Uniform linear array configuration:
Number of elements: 24
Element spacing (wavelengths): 0.75
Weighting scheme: kaiser
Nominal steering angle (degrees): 45
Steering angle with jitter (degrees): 45.291
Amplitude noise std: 0.05
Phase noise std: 0.05

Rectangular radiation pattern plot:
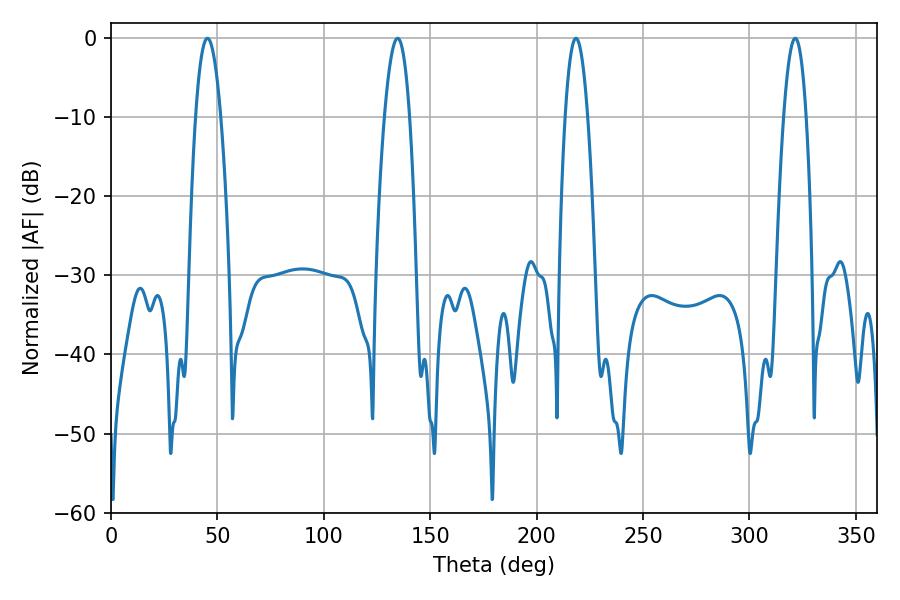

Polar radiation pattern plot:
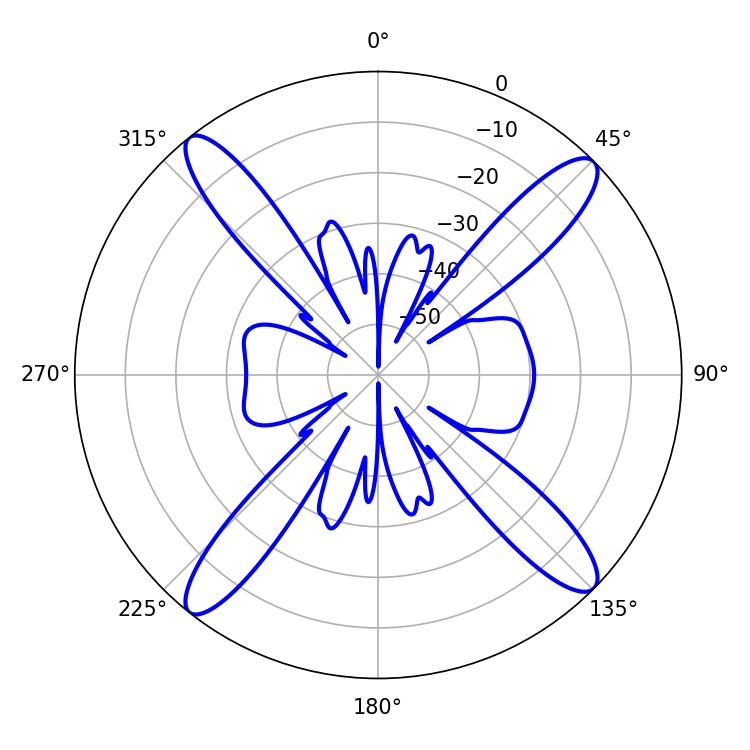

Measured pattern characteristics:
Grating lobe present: TRUE
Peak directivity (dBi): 17.197
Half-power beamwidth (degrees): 6.48
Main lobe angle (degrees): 45.36